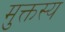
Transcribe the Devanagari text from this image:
मुक्तस्य